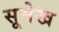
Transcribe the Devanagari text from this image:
सूमेख